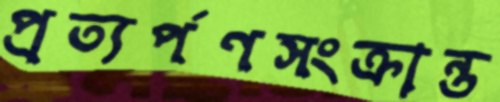
প্রত্যর্পণসংক্রান্ত